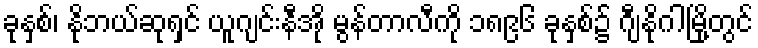
ခုနှစ်၊ နိုဘယ်ဆုရှင် ယူဂျင်းနီအို မွန်တာလီကို ၁၈၉၆ ခုနှစ်၌ ဂျီနိုဂါမြို့တွင်